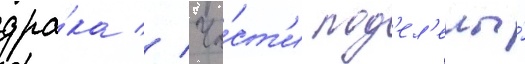
дра́ка // Ча́ст'и под'ел'ены́